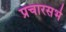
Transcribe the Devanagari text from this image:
प्रचारसभे